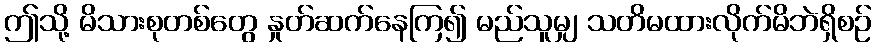
ဤသို့ မိသားစုတစ်တွေ နှုတ်ဆက်နေကြ၍ မည်သူမျှ သတိမထားလိုက်မိဘဲရှိစဉ်